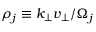
\rho _ { j } \equiv k _ { \perp } v _ { \perp } / \Omega _ { j }